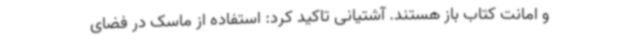
و امانت کتاب باز هستند. آشتیانی تاکید کرد: استفاده از ماسک در فضای